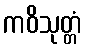
ကဝိသုတ္တံ